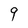
Character: 9